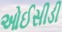
ઓઈસીડી